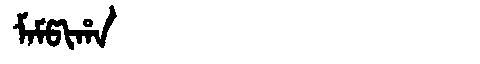
Manchu: ᠮᠠᠮᡦᡳᡥᠠ
Romanization: MAMPIHA